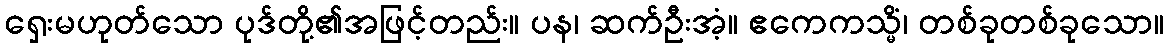
ရှေးမဟုတ်သော ပုဒ်တို့၏အဖြင့်တည်း။ ပန၊ ဆက်ဦးအံ့။ ဧကေကသ္မိံ၊ တစ်ခုတစ်ခုသော။